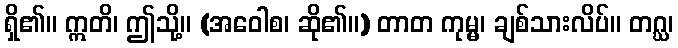
ရှိ၏။ ဣတိ၊ ဤသို့။ (အဝေါစ၊ ဆို၏။) တာတ ကုမ္မ၊ ချစ်သားလိပ်။ တဂ္ဃ၊